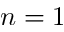
n = 1